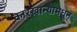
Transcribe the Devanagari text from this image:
कारखान्यामधून